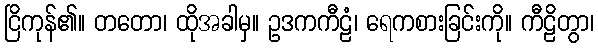
ငြိကုန်၏။ တတော၊ ထိုအခါမှ။ ဥဒကကီဠံ၊ ရေကစားခြင်းကို။ ကီဠိတွာ၊